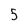
Character: 5